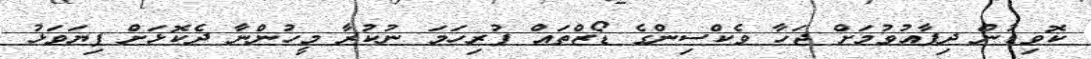
ކޮވިޑުން ދިފާއުވުމަށް ޖަހާ ވެކްސިންގެ ޑޯޒްތައް ފުރިހަމަ ނުކުރާ މީހުންނާ ދެކޮޅަށް ފިޔަވަޅު